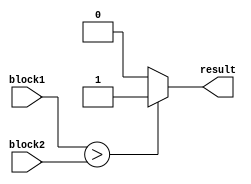
module GreaterThanComparator (
  input [7:0] block1,
  input [7:0] block2,
  output reg result
);

always @* begin
  if (block1 > block2) begin
    result = 1;
  end
  else begin
    result = 0;
  end
end

endmodule